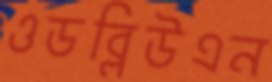
ওডব্লিউএন